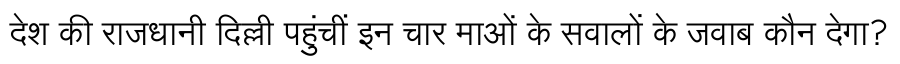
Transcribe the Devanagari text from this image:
देश की राजधानी दिल्ली पहुंचीं इन चार माओं के सवालों के जवाब कौन देगा?